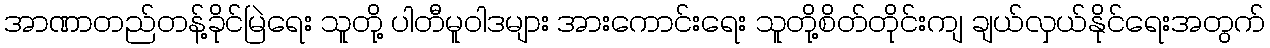
အာဏာတည်တန့်ခိုင်မြဲရေး သူတို့ ပါတီမူဝါဒများ အားကောင်းရေး သူတို့စိတ်တိုင်းကျ ချယ်လှယ်နိုင်ရေးအတွက်